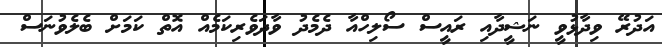
އަދުރޭ ވިދާޅުވީ ނަޝީދާއި ރައީސް ސޯލިހްއާ ދެމެދު ވާދަވެރިކަމެއްް އޮތް ކަމަށް ބެލެވުނަސް